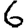
Digit: 6